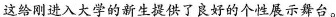
这给刚进入大学的新生提供了良好的个性展示舞台。